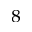
_ { 8 }